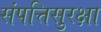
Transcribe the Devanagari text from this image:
संपत्तिसुरक्षा